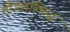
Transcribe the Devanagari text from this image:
मोंगलाविरुद्ध